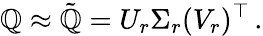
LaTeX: \mathbb{Q}\approx\tilde{{\mathbb{Q}}}=U_{r}\Sigma_{r}(V_{r})^{\top}\, .